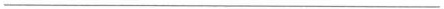
___